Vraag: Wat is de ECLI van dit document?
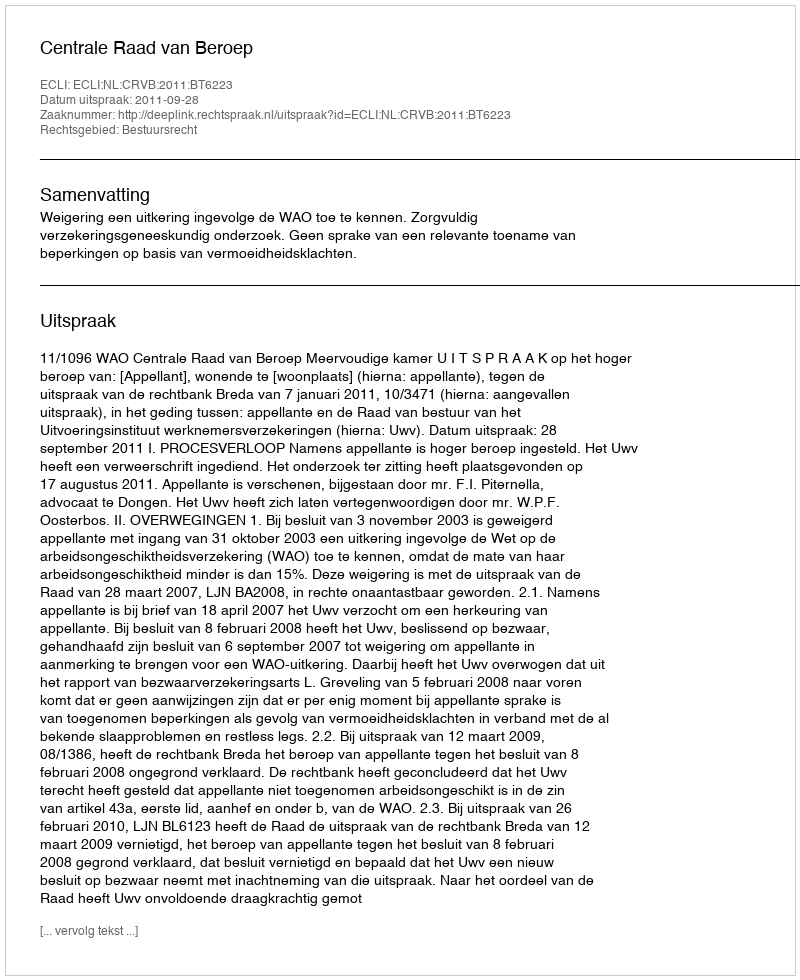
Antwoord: ECLI:NL:CRVB:2011:BT6223